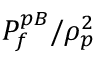
P _ { f } ^ { p B } / \rho _ { p } ^ { 2 }